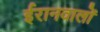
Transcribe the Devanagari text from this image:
ईरानवालों